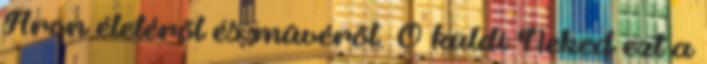
Áron életérõl és mûvérõl. Õ küldi Neked ezt a